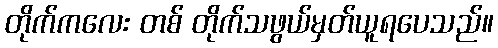
တိုက်ကလေး တစ် တိုက်သဖွယ်မှတ်ယူရပေသည်။